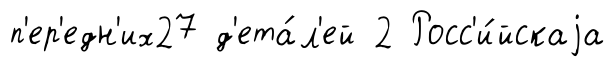
п'ер'едн'их27 д'ета́л'ей 2 Росс'и́йскаjа